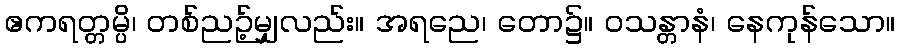
ဧကရတ္တမ္ပိ၊ တစ်ညဉ့်မျှလည်း။ အရညေ၊ တော၌။ ဝသန္တာနံ၊ နေကုန်သော။